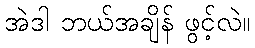
အဲဒါ ဘယ်အချိန် ဖွင့်လဲ။